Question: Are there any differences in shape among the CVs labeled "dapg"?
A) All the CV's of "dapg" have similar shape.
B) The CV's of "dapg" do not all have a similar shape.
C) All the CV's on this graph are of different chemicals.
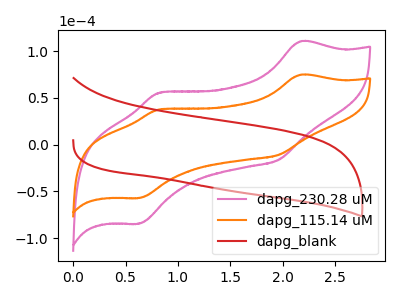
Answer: <think>The pink curve "dapg_230.28 uM" has anodic peaks at (2.15V, 110.40uA) (0.80V, 55.40uA) and cathodic peaks at (1.95V, -16.25uA) (0.65V, -84.65uA). The orange curve "dapg_115.14 uM" has anodic peaks at (2.15V, 74.65uA) (0.80V, 37.45uA) and cathodic peaks at (1.95V, -11.00uA) (0.65V, -57.20uA). The red curve "dapg_blank" has no peaks.
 All the peaks in "dapg_230.28 uM" have a peak in "dapg_115.14 uM" at the same potential. Every peak in "dapg_230.28 uM" is higher than every peak in "dapg_115.14 uM". "dapg_230.28 uM" and "dapg_blank" have a different number of peaks. "dapg_115.14 uM" and "dapg_blank" have a different number of peaks.</think>
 <answer>A) All the CV's of "dapg" have similar shape.</answer>
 <eval>A</eval>